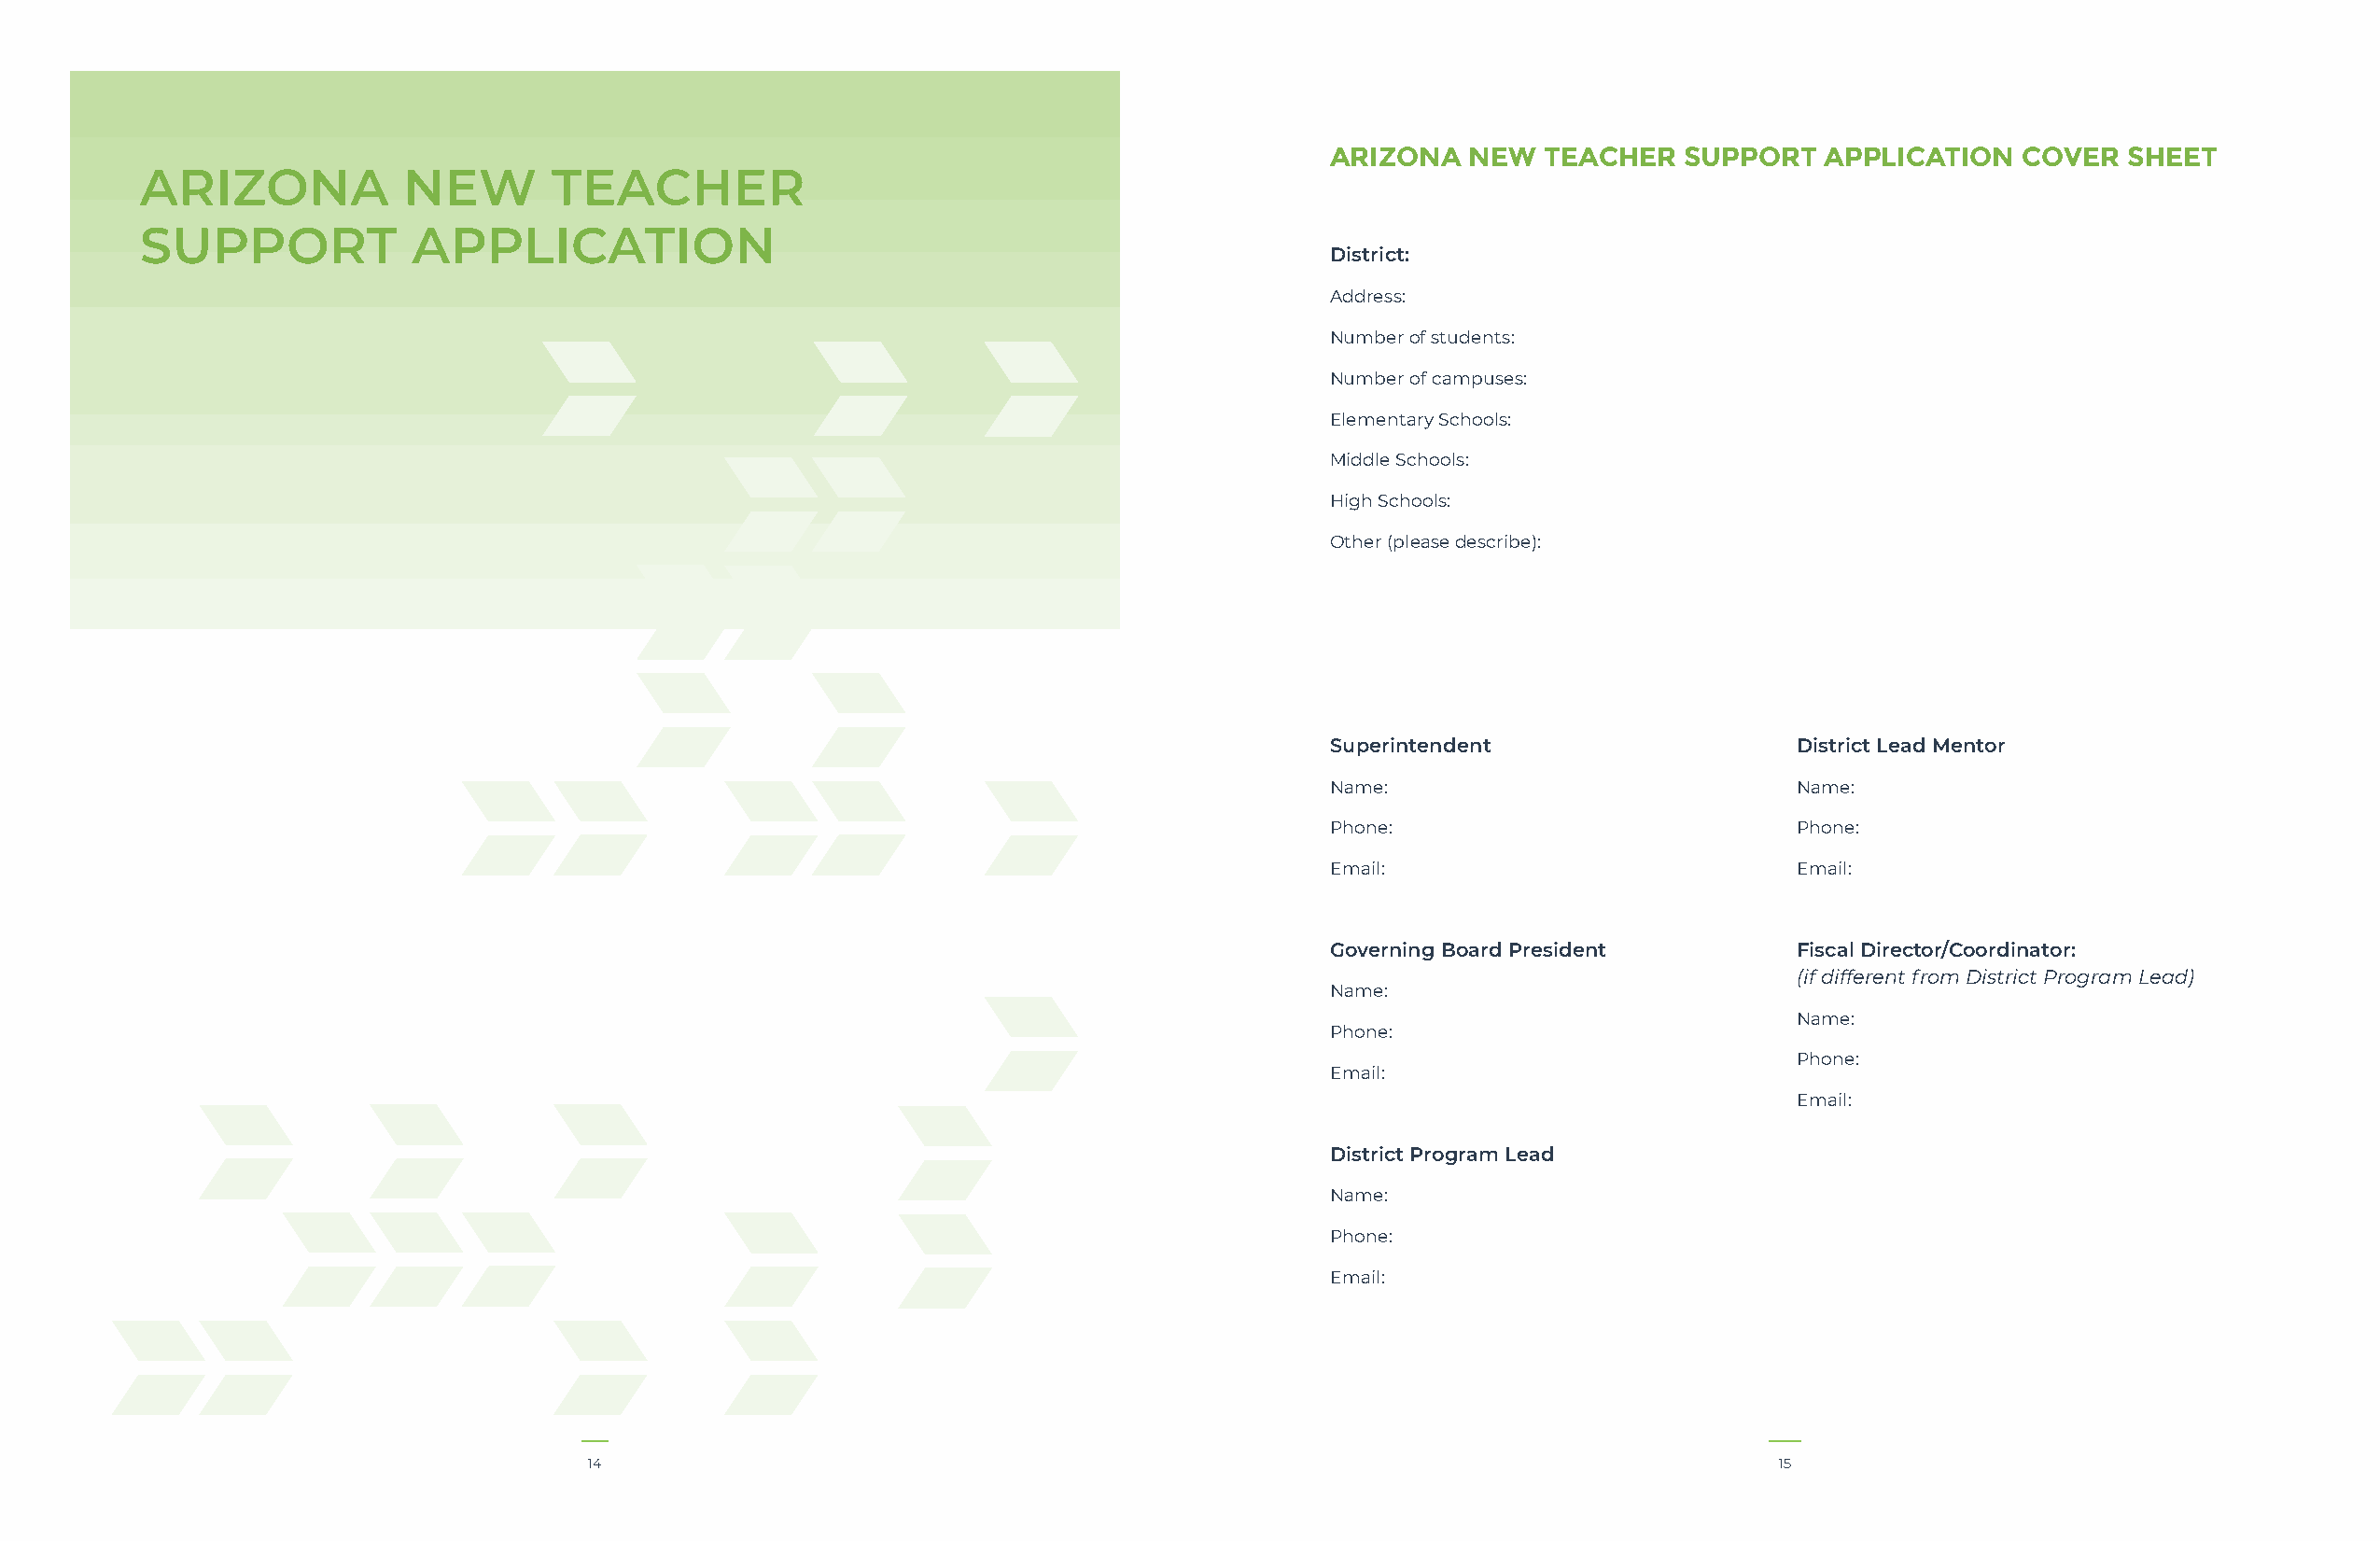
ARIZONA   NEW   TEACHER  SUPPORT   APPLICATION   COVER   SHEET
 ARIZONA            NEW       TEACHER
 SUPPORT            APPLICATION
 District:
 Address:
 Number of students:
 Number of campuses:
 Elementary Schools:
 Middle Schools:
 High Schools:
 Other (please describe):
 Superintendent                   District Lead Mentor
 Name:                            Name:
 Phone:                           Phone:
 Email:                           Email:
 Governing Board President        Fiscal Director/Coordinator:
 (if different from District Program Lead)
 Name:
 Name:
 Phone:
 Phone:
 Email:
 Email:
 District Program Lead
 Name:
 Phone:
 Email:
 14                                                                                  15